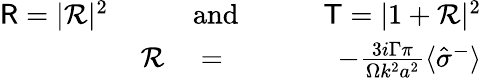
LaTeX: \begin{array}{rlr}{{\sf R}=|{\cal R}|^{2}\qquad}&{{}\mathrm{and}}&{\qquad{\sf T}=|1+{\cal R}|^{2}}\\ {{\cal R}}&{{}=}&{-\frac{3i\Gamma\pi}{\Omega k^{2}a^{2}}\langle\hat{\sigma}^{-}\rangle}\end{array}